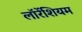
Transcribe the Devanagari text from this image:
लॉरेंशियम